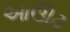
આઊટ